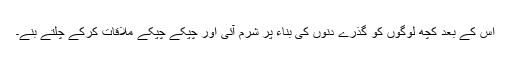
اس کے بعد کچھ لوگوں کو گذرے دنوں کی بناء پر شرم آئی اور چپکے چپکے ملاقات کرکے چلتے بنے۔